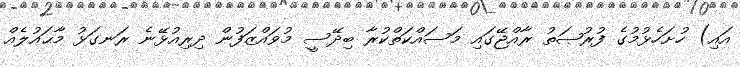
އައި) ހުށަހެޅުމުގެ ފުރުޞަތު ރާއްޖޭގައި މަސައްކަތްކުރާ ބިދޭސީ މުވައްޒަފުން ދިރިއުޅޭނެ ރަނގަޅު މާޙައުލެއް